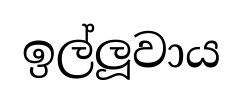
ඉල්ලූවාය